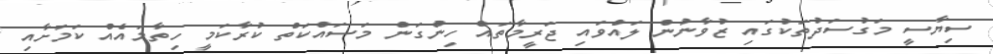
ސިޔާސީ މަގުސަދުތަކުގައި ޒުވާނުން ލައްވައި ޖަރީމާތައް ހިންގަން މަސައްކަތް ކުރާކަމީ ހިތާމައެއް ކަމަށާއި